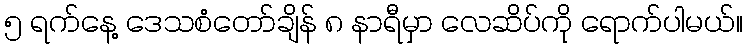
၅ ရက်နေ့ ဒေသစံတော်ချိန် ၈ နာရီမှာ လေဆိပ်ကို ရောက်ပါမယ်။